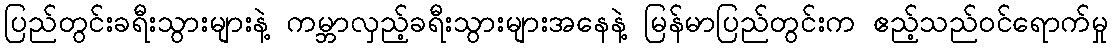
ပြည်တွင်းခရီးသွားများနဲ့ ကမ္ဘာလှည့်ခရီးသွားများအနေနဲ့ မြန်မာပြည်တွင်းက ဧည့်သည်ဝင်ရောက်မှု